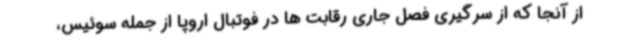
از آنجا که از سرگیری فصل جاری رقابت ها در فوتبال اروپا از جمله سوئیس،